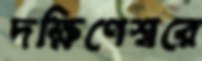
দক্ষিণেশ্বরে